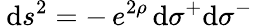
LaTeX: \: \mathrm{d}s^{2}=-\, e^{2\rho}\, \mathrm{d}\sigma^{+}\mathrm{d}\sigma^{-}\: